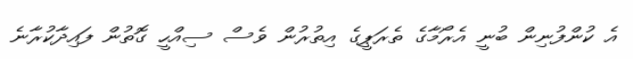
އެ ކުންފުނިން ބުނީ އެރޯމާގެ ތެރަޕީގެ އިތުރުން ވެސް ސިއްހީ ގޮތުން ފައިދާކުރާނެ